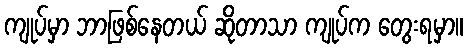
ကျုပ်မှာ ဘာဖြစ်နေတယ် ဆိုတာသာ ကျုပ်က တွေးရမှာ။